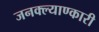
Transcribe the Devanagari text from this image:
जनक्ल्याण्कारी